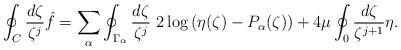
LaTeX: \begin{align*}\oint_C \frac{d\zeta}{\zeta^j}\hat{f}=\sum_\alpha\oint_{\Gamma_\alpha} \frac{d\zeta}{\zeta^j}\ 2\log\left(\eta(\zeta)-P_{\alpha}(\zeta)\right)+4\mu\oint_0 \frac{d\zeta}{\zeta^{j+1}}\eta.\end{align*}